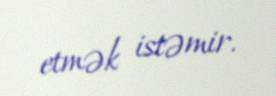
etmək istəmir.